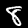
Label: 8